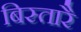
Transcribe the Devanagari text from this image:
बिस्तारै